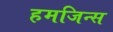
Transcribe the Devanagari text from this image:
हमजिन्स